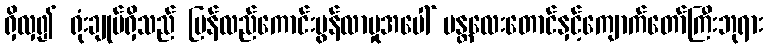
ရှိလှ၍ ရုံးချုပ်ရှိသည် ပြန်လည်ကောင်းမွန်လာမှုအပေါ် မန္တလေးတောင်နှင့်ကျောက်တော်ကြီးဘုရား